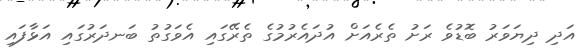
އަދި ދިޔަވަރު ބޮޑުވެ ރަށު ތެރެއަށް އުދައެރުމުގެ ތެރޭގައި އެވަގުތު ބަނދަރުގައި އަޅާފައި